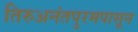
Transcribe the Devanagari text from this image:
तिरुअनंतपुरमपासून